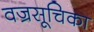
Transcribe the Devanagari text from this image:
वज्रसूचिका